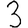
Digit: 3